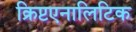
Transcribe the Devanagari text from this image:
क्रिप्टएनालिटिक